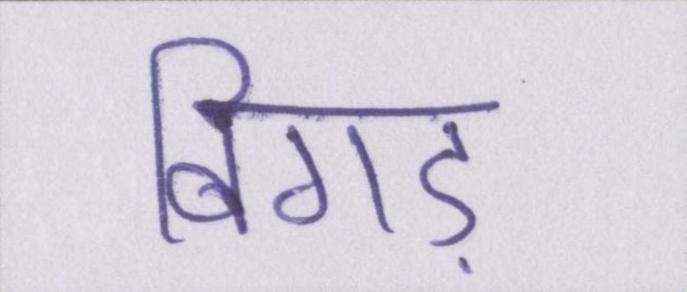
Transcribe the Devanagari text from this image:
बिगड़